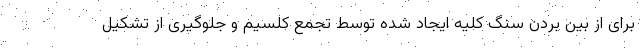
برای از بین بردن سنگ کلیه ایجاد شده توسط تجمع کلسیم و جلوگیری از تشکیل